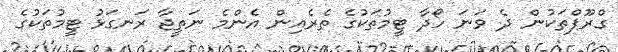
ގްރޫޕްތަކުން ދެ ވަނަ ހޯދާ ޓީމުތަކުގެ ތެރެއިން އެންމެ ނަތީޖާ ރަނގަޅު ޓީމުތަކުގެ